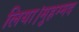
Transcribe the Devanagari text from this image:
लिया।मुहम्मद